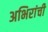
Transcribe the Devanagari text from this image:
अभिरांची